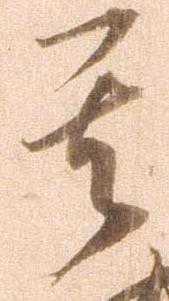
其